Report of the Municipal Commissioner on the plague in Bombay for the year ending 31st May... - Volume 3
Disease focus: Plague
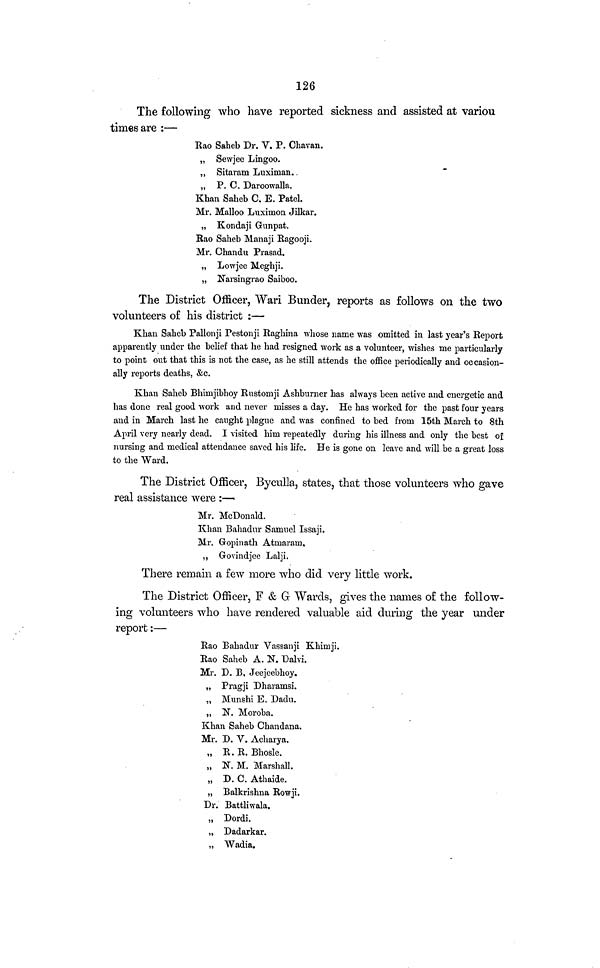
126
The following who have reported sickness and assisted at variou
times are :—
Rao Saheb Dr. V. P. Chavan.
„ Sewjec Lingoo.
,, Sitavam Luximan..
„ P. C. Daroowalla.
Khan Saheb C. E. Patel.
Mr. Malloo Luximon Jilkar.
„ Kondaji Gunpat.
Bao Saheb Manaji Ragooji.
Mr. Chandu Prasad.
„ Lowjee Meghji.
„ Narsingrao Saiboo.
The District Officer, Wari Bunder, reports as follows on the two
volunteers of his district :—
Khan Saheb Pallonji Pestonji Raghina whose name was omitted in last year's Report
apparently under the belief that he had resigned work as a volunteer, wishes me particularly
to point out that this is not the case, as he still attends the office periodically and oc casion-
ally reports deaths, &c.
Khan Saheb Bhimjibhoy Rustomji Ashburner has always been active and energetic and
has done real good work and never misses a day. He has worked for the past four years
and in March last he caught plague and was confined to bed from 15th March to 8th
April very nearly dead. I visited him repeatedly during his illness and only the best of
nursing and medical attendance saved his life. He is gone on leave and will be a great loss
to the Ward.
The District Officer, Byculla, states, that those volunteers who gave
real assistance were :—
Mr. McDonald.
Khan Bahadur Samuel Issaji.
Mr. Gopinath Atmaram,
„ Govindjee Lalji.
There remain a few more who did very little work.
The District Officer, F & G Wards, gives the names of the follow-
ing volunteers who have rendered valuable aid during the year under
report :—
Rao Bahadur Vassanji Khimji.
Rao Saheb A. N. Dalvi.
Mr. D. B, Jeejeebhoy.
„ Pragji Dharamsi.
„ Munshi E. Dadu.
„ N. Moroba.
Khan Saheb Chandana.
Mr. D. V. Acharya.
„ R. R. Bhosle.
„ N. M. Marshall.
„ D. C. Athaide.
„ Balkrishna Rowji.
Dr. Battliwala.
„ Dordi.
„ Dadarkar.
„ Wadia.